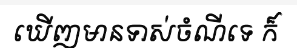
ឃើញមានទាស់ចំណីទេ ក៏